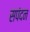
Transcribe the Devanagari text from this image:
सपंदन